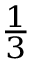
\begin{array} { l } { { \frac { 1 } { 3 } } } \end{array}